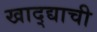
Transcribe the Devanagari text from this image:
खाद्द्याची